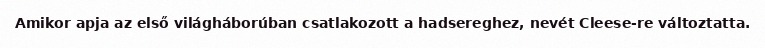
Amikor apja az első világháborúban csatlakozott a hadsereghez, nevét Cleese-re változtatta.